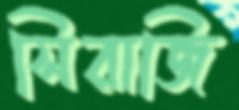
সিরাজি